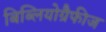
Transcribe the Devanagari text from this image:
बिब्लियोग्रैफीज